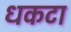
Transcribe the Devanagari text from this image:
धकटा